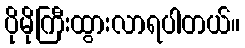
ပိုမိုကြီးထွားလာရပါတယ်။